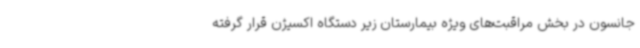
جانسون در بخش مراقبت‌های ویژه بیمارستان زیر دستگاه اکسیژن قرار گرفته